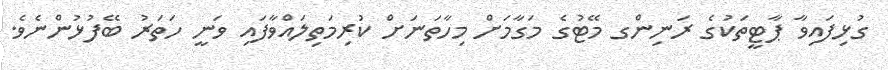
ގުޅިފައިވާ ޕާޓީތަކުގެ ރަނިންގ މޭޓުގެ މަގާމަށް މިހާތަނަށް ކުރިމަތިލައްވާފައި ވަނީ ހަތަރު ބޭފުޅުންނެވެ.